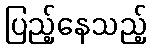
ပြည့်နေသည့်